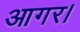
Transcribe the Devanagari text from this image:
आगर।